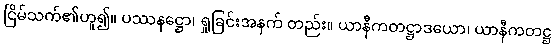
ငြိမ်သက်၏ဟူ၍။ ပဿနဋ္ဌော၊ ရှုခြင်းအနက် တည်း။ ယာနီကတဋ္ဌာဒယော၊ ယာနီကတဋ္ဌ